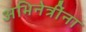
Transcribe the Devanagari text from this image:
अभिनेत्रींना